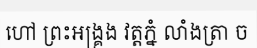
ហៅ ព្រះអង្គ្រង វត្តភ្នំ លាំងត្រា ច